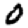
Digit: 0